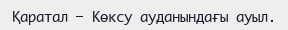
Қаратал – Көксу ауданындағы ауыл.